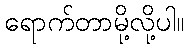
ရောက်တာမို့လို့ပါ။